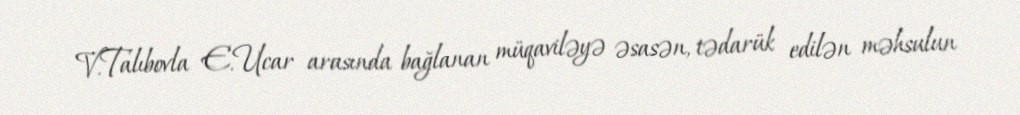
V.Talıbovla E.Ucar arasında bağlanan müqaviləyə əsasən, tədarük edilən məhsulun